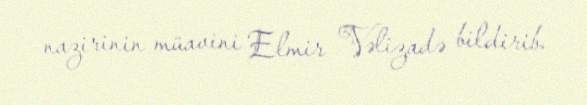
nazirinin müavini Elmir Vəlizadə bildirib.